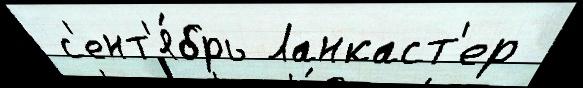
 с'ент'я́брь Ланкаст'ер